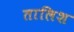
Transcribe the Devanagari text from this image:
तालिश